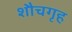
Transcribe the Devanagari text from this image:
शौचगृह